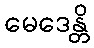
မေဒေန္တိ